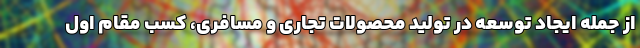
از جمله ایجاد توسعه در تولید محصولات تجاری و مسافری، کسب مقام اول